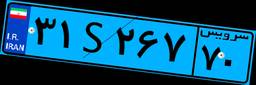
۲۹S۷۱۲۳۳